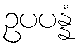
ဥပပန္နံ